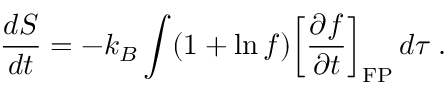
\frac { d S } { d t } = - k _ { B } \int ( 1 + \ln f ) { \left[ \frac { \partial f } { \partial t } \right] } _ { \mathrm { F P } } \, d \tau \; .